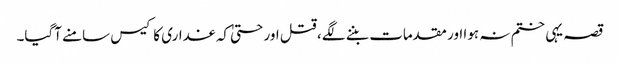
قصہ یہی ختم نہ ہوا اور مقدمات بننے لگے ، قتل اور حتیٰ کہ غداری کا کیس سامنے آگیا۔